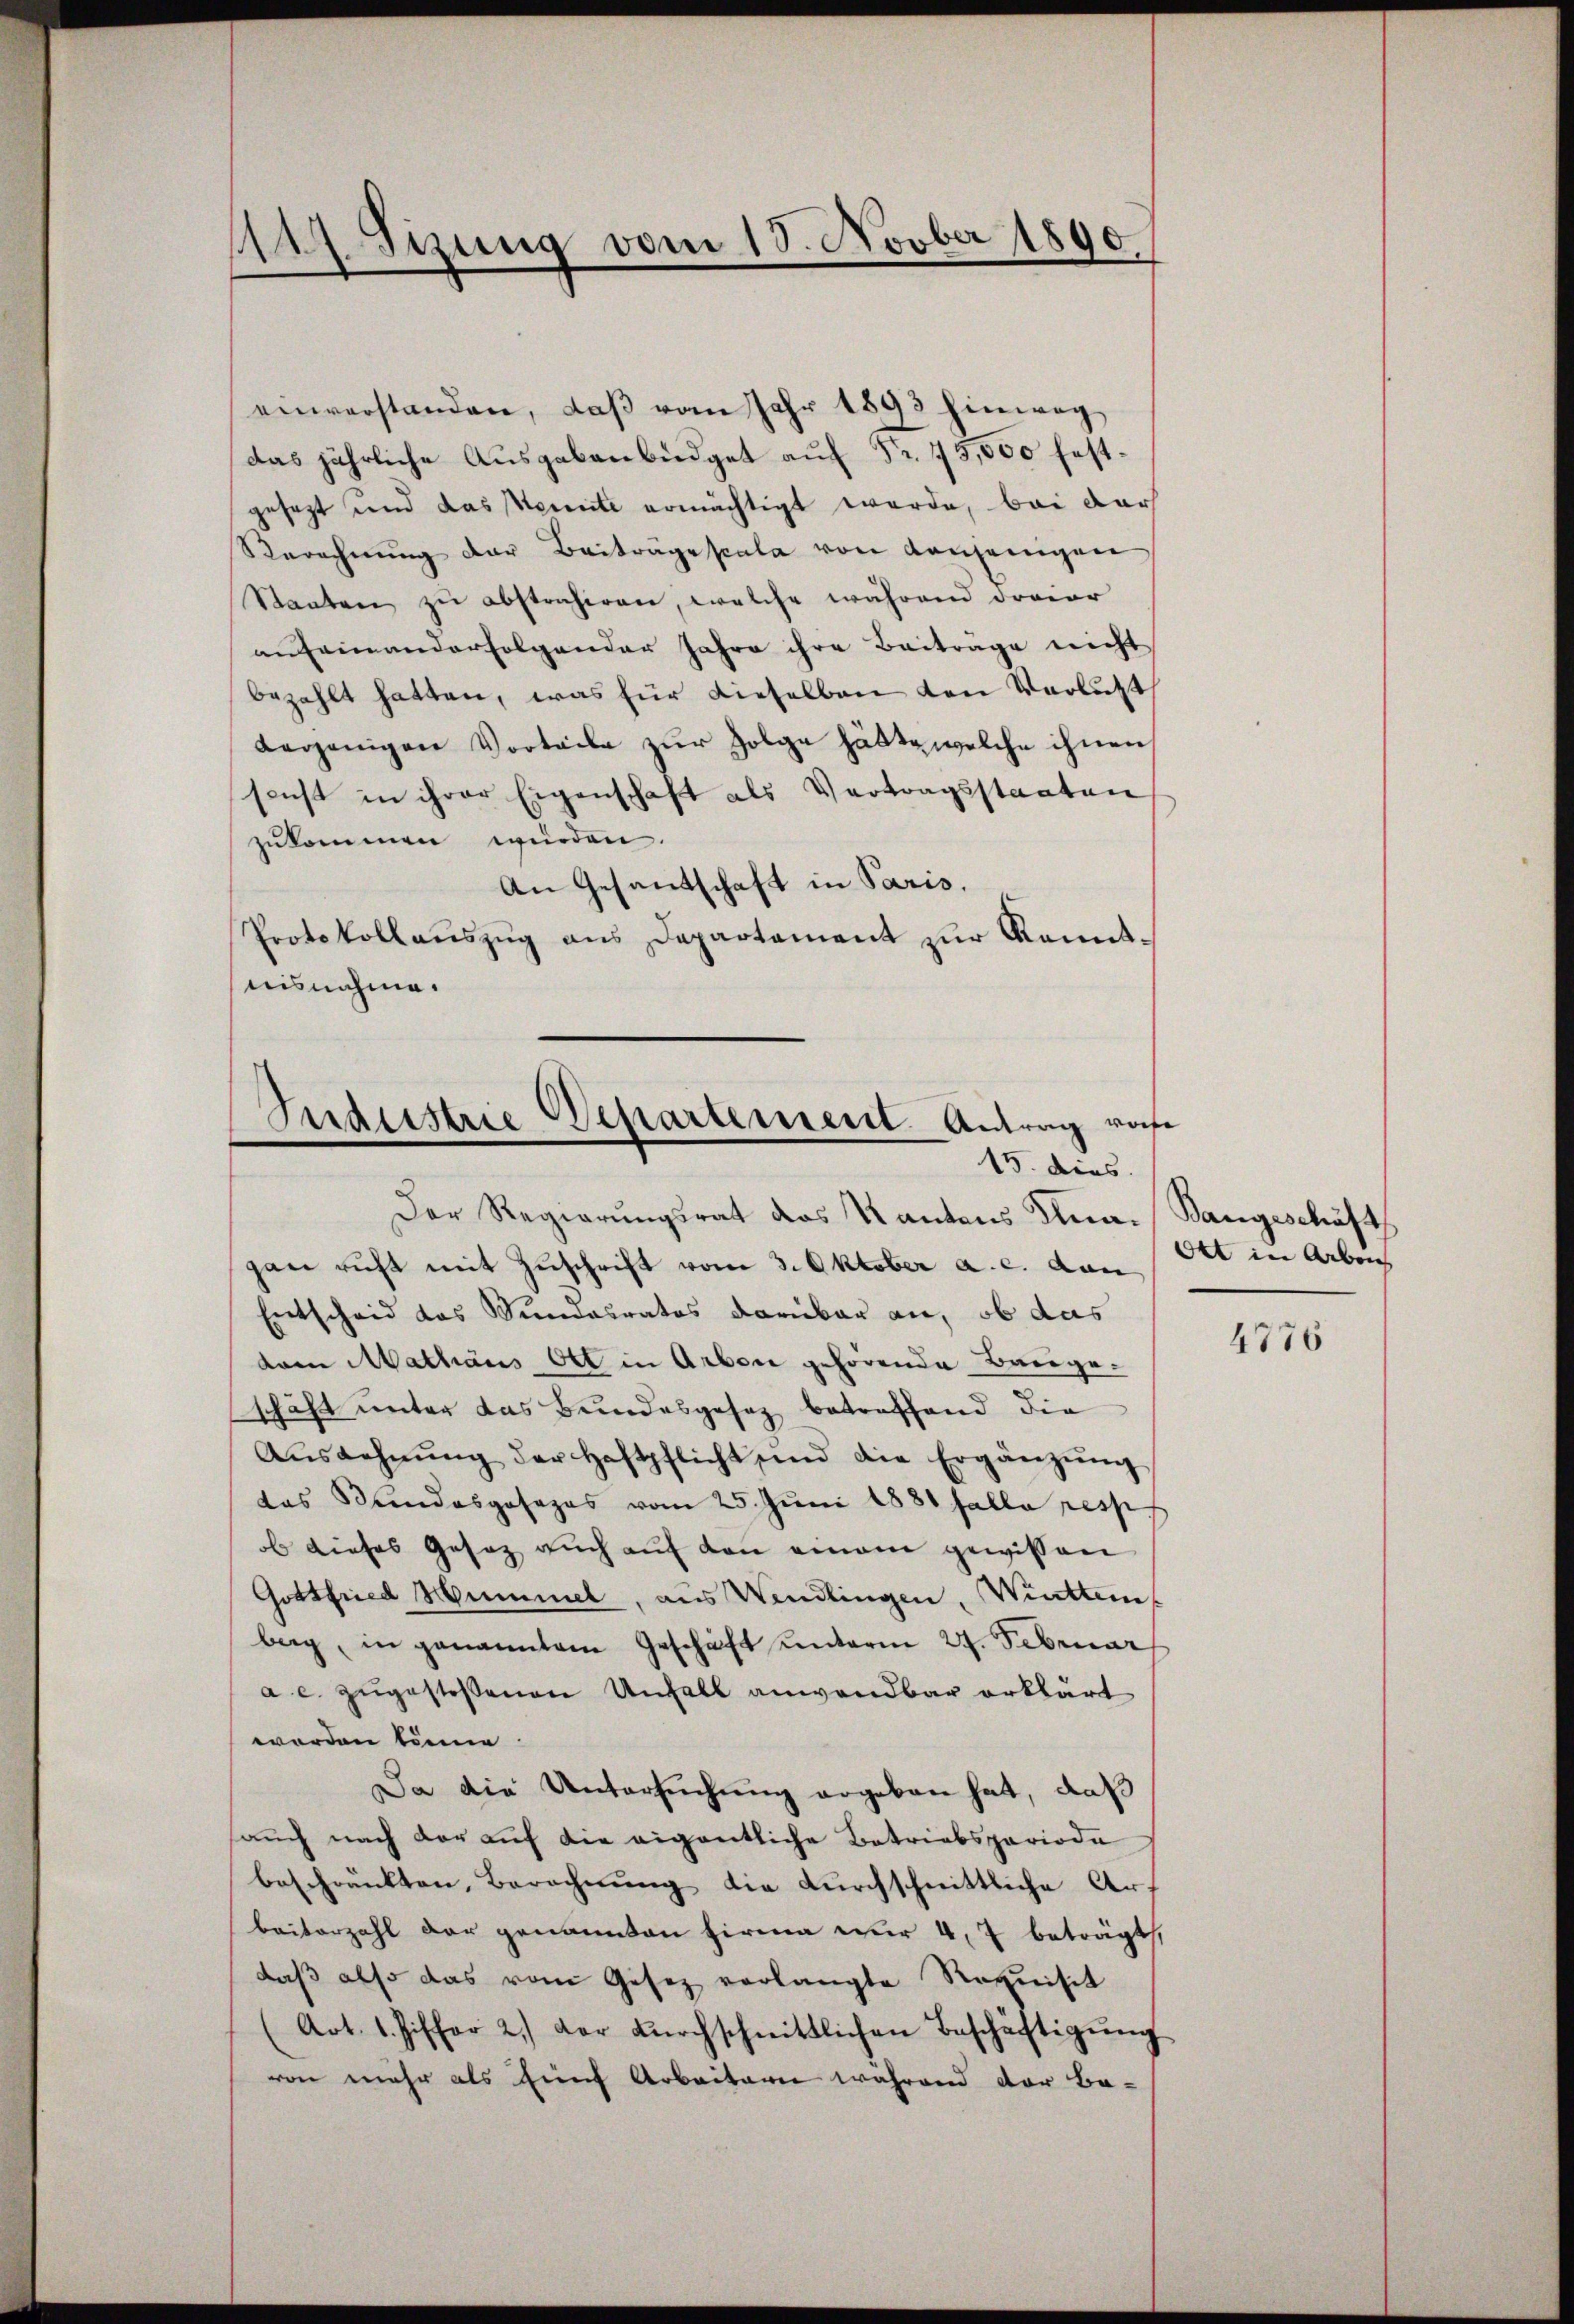
147. Sizung vom 15. Novber 1890

einverstanden, daß vom Jahr 1893 hinweg
das jährliche Ausgabenbüdget auf Fr. 75,500 festgesezt und das Kennte ermächtigt werde, bei dar
Rerechnŭng der Beiträgesala von Konjenigen
Staaten zu abstrahiren, welche während davier
anfeinanderfolgender Jahre ihre Beiträge nicht
bezahlt hatten, was für dieselben den Verlust
verjenigen Vorteile zŭr Folge hätte welche ihnen
sonst in ihrer Eigenschaft als Vertragsstaaten
zŭkommen würden.
An Gesandschaft in Paris.
Protokollaŭszŭg ans Departement zur Kenntnisnahme.

Industrie Departement Antrag rohe
15. dies

Der Regierungsrat das Kantons Kna-Bangeschäft
gan richt mit Zuschrift vom 3. Oktober a. c. dan
Entscheid das Mundesratos darüber an, ob das
dam Mathäus Ott in Arben gehörende Bauge-
schäft unter das Bundesgesetz betreffend die
Aŭszahnŭng der Haftpflicht und die Ergänzŭng
das Stundesgesezes vom 25. Juni 1881 falle resp
ob dieses Gesaz auch auf den einem gewissen
Gottfried Hummel, aus Wendlingen, Winttemberg, in genanntem Geschäft unterm 27. Februar
a c. zugestoßenen Unfall anwendbar erklärt
worden können.
Da die Untersŭchŭng ergeben hat, daß
sauch nach der auf die eigentliche Betriebsperiode
beschränkten, Berechnung die durchschnittliche Art
beiterzahl der genannten Firma zur 4, 7 beträgt,
daß also das vom Gesetz verlangte Requisit
Art. 1. Ziffer 2.) der dŭrchschnittlichen Beschäftigŭng
von mehr als hines Arbeitern während der Be-

Ott in Arbei

4776